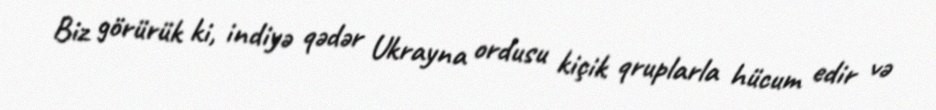
Biz görürük ki, indiyə qədər Ukrayna ordusu kiçik qruplarla hücum edir və